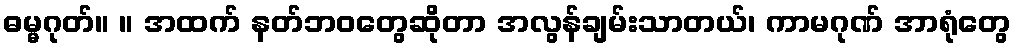
ဓမ္မဂုတ်။ ။ အထက် နတ်ဘဝတွေဆိုတာ အလွန်ချမ်းသာတယ်၊ ကာမဂုဏ် အာရုံတွေ